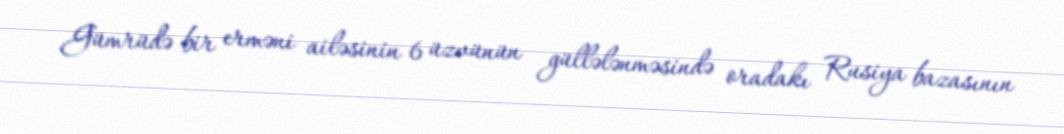
Gümrüdə bir erməni ailəsinin 6 üzvünün güllələnməsində oradakı Rusiya bazasının